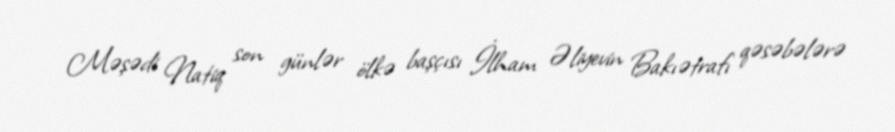
Məşədi Natiq son günlər ölkə başçısı İlham Əliyevin Bakıətrafı qəsəbələrə